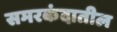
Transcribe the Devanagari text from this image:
समरकंदातील